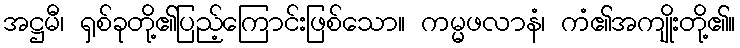
အဋ္ဌမီ၊ ရှစ်ခုတို့၏ပြည့်ကြောင်းဖြစ်သော။ ကမ္မဖလာနံ၊ ကံ၏အကျိုးတို့၏။